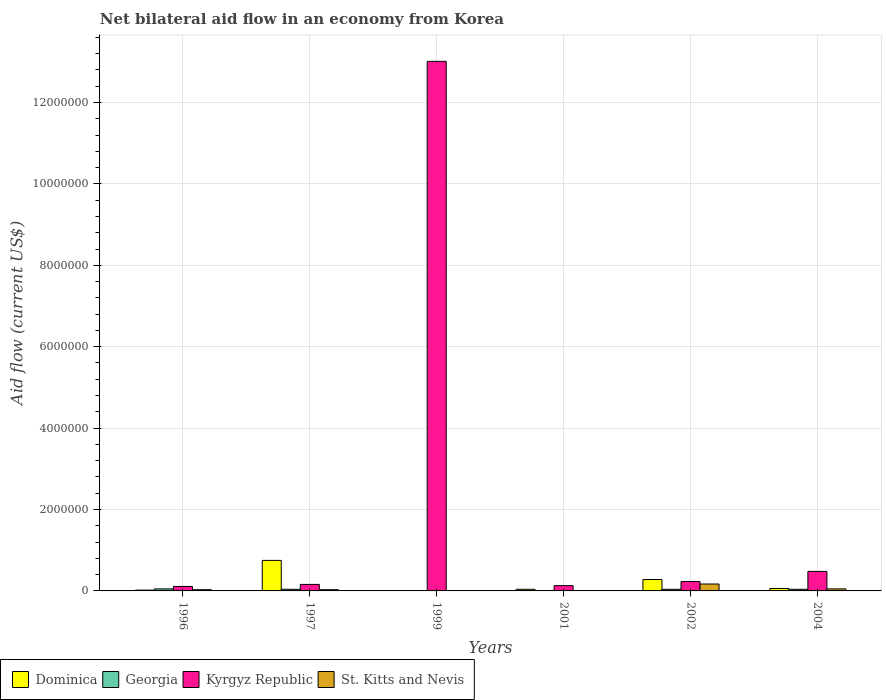
| Years | Dominica | Georgia | Kyrgyz Republic | St. Kitts and Nevis |
 | --- | --- | --- | --- | --- |
 | 1996 | 2e+04 | 5e+04 | 1.1e+05 | 3e+04 |
 | 1997 | 7.5e+05 | 4e+04 | 1.6e+05 | 3e+04 |
 | 1999 | 1e+04 | 1e+04 | 1.3e+07 | 1e+04 |
 | 2001 | 4e+04 | 1e+04 | 1.3e+05 | 1e+04 |
 | 2002 | 2.8e+05 | 4e+04 | 2.3e+05 | 1.7e+05 |
 | 2004 | 6e+04 | 4e+04 | 4.8e+05 | 5e+04 |